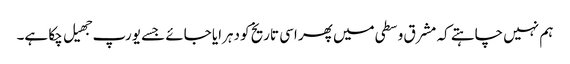
ہم نہیں چاہتے کہ مشرق وسطی میں پھر اسی تاریخ کو دہرایا جائے جسے یورپ جهیل چکا ہے۔